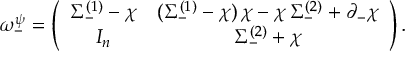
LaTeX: \omega _ { - } ^ { \psi } = \left( \begin{array} { c c } { { \Sigma _ { - } ^ { ( 1 ) } - \chi } } & { { ( \Sigma _ { - } ^ { ( 1 ) } - \chi ) \, \chi - \chi \, \Sigma _ { - } ^ { ( 2 ) } + \partial _ { - } \chi } } \\ { { I _ { n } } } & { { \Sigma _ { - } ^ { ( 2 ) } + \chi } } \end{array} \right) .